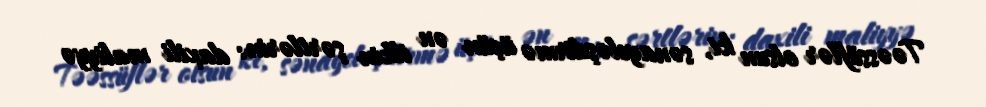
Təəssüflər olsun ki, sənayeləşdirmə üçün ən ilkin şərtlərin: daxili maliyyə